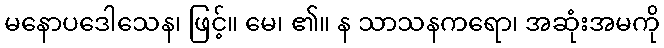
မနောပဒေါသေန၊ ဖြင့်။ မေ၊ ၏။ န သာသနကရော၊ အဆုံးအမကို